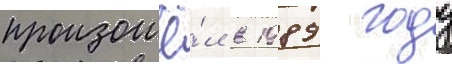
произошё́л в 1989 году